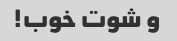
و شوت خوب!